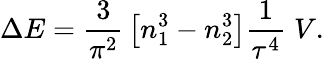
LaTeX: \Delta E={\frac{3}{\pi^{2}}}\left[n_{1}^{3}-n_{2}^{3}\right]{\frac{1}{\tau^{4}}}\; V.